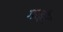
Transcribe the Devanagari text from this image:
गरहौद